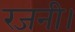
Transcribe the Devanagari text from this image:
रजनी।